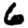
Digit: 6